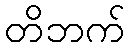
တိဘက်